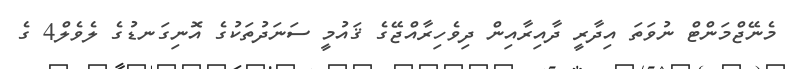
މެނޭޖްމަންޓް ނުވަތަ އިދާރީ ދާއިރާއިން ދިވެހިރާއްޖޭގެ ޤައުމީ ސަނަދުތަކުގެ އޮނިގަނޑުގެ ލެވެލް4 ގެ